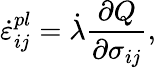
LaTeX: \dot{\varepsilon}_{ij}^{pl}=\dot{\lambda}\frac{\partial Q}{\partial\sigma_{ij}},